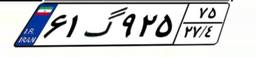
۸۳گ۵۱۲۷۰